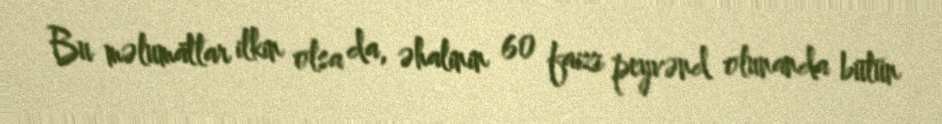
Bu məlumatlar ilkin olsa da, əhalinin 60 faizi peyvənd olunanda bütün